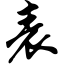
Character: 表